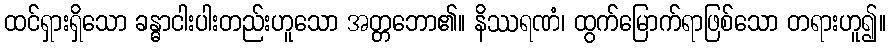
ထင်ရှားရှိသော ခန္ဓာငါးပါးတည်းဟူသော အတ္တဘော၏။ နိဿရဏံ၊ ထွက်မြောက်ရာဖြစ်သော တရားဟူ၍။